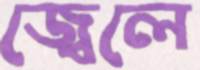
জ্বেলে